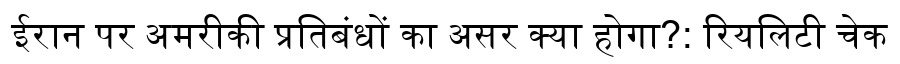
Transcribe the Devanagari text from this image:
ईरान पर अमरीकी प्रतिबंधों का असर क्या होगा?: रियलिटी चेक